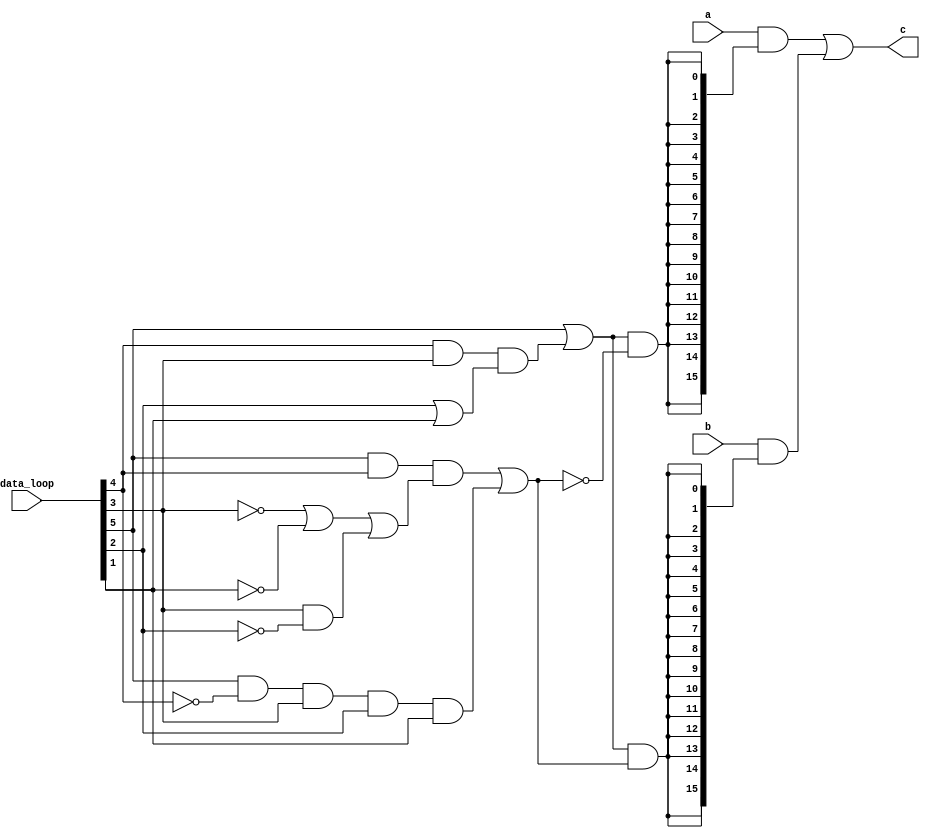
`timescale 1ns / 1ps

module switch_32_bit(
    input [15:0] a, b, 
    input [5:0] data_loop,
    output [15:0] c
    );
    
    wire enable, switch;
    
    assign enable = data_loop[5] | (data_loop[4] & data_loop[3] & (data_loop[2] | data_loop[1]));
    
    assign switch = (data_loop[5] & data_loop[4] & (~data_loop[3] | ~data_loop[1] | (data_loop[3] & ~data_loop[2]))) 
                     | (data_loop[5] & ~data_loop[4] & data_loop[3] & data_loop[2] & data_loop[1]);
                     
    assign c = (a & {16{enable & ~switch}}) | (b & {16{enable & switch}});
    
endmodule